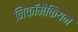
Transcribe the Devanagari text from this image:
निकॉमैकियन